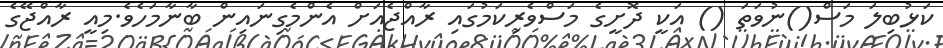
ކަޅުބިލަ މަސް()ނުވަތަ () އަކީ ދޮށީގެ މަސްވެރިކަމުގަަައި ރާއްޖެއަށް އެންމެގިނައިން ބާނާމަހެވެ.މިއީ ރާއްޖޭގެ